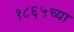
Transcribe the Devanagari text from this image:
१८६५च्या